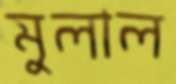
মুলাল